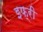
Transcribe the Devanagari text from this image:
इफ्री